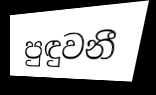
පුඳුවනී